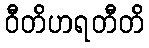
ဝီတိဟရတီတိ